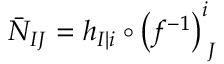
{ \bar { \cal N } } _ { I J } = h _ { I \vert i } \circ \left( f ^ { - 1 } \right) _ { \phantom { i } J } ^ { i }